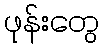
ဖုန်းတွေ